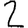
Digit: 2